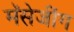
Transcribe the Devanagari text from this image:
मॅसेजींग